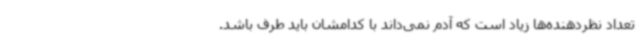
تعداد نظردهنده‌ها زیاد است که آدم نمی‌داند با کدامشان باید طرف باشد.